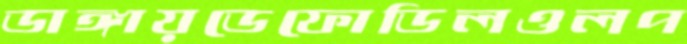
ডাঙ্গায়ডেফোডিলওলপ